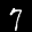
Label: 7